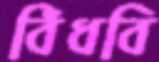
বিঁধবি